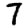
Digit: 7